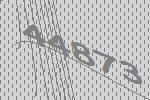
44873